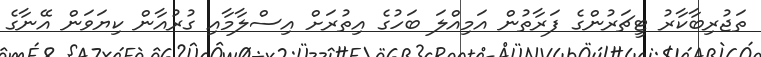
ތަޖުރިބާކާރު ޓީޗަރުންގެ ފަރާތުން އަމިއްލަ ބަހުގެ އިތުރަށް އިސްލާމާއި ގުރުއާން ކިޔަވަން އޭނާގެ